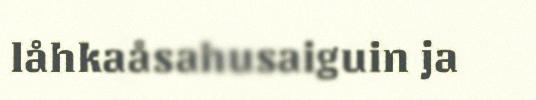
låhkaåsahusaiguin ja